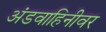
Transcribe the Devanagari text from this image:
अंडवाहिनीवर